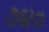
૭૪૦